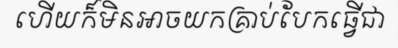
ហើយក៏មិនអាចយកគ្រាប់បែកធ្វើជា